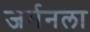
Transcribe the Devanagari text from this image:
जर्मनला